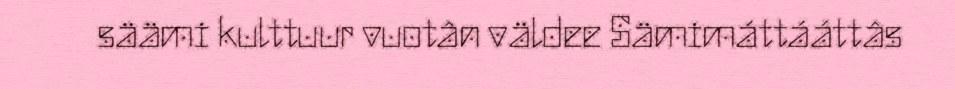
säämi kulttuur vuotân väldee Sämimáttááttâs